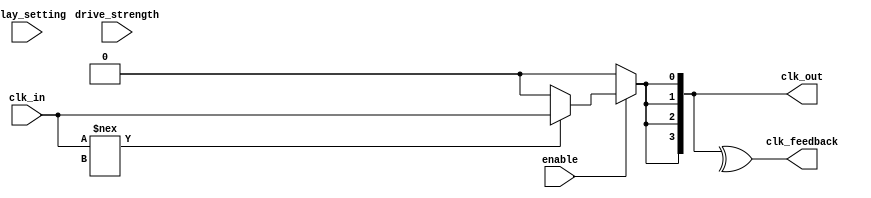
module clock_buffer (
    input wire clk_in,           // Input clock
    input wire enable,           // Enable signal
    input wire [2:0] drive_strength, // Programmable drive strength
    input wire [3:0] delay_setting,  // Programmable delay
    output wire [3:0] clk_out,  // Outputs for memory blocks
    output wire clk_feedback     // Feedback for skew monitoring
);

    // Parameter Definitions
    parameter NUM_OUTPUTS = 4;
    parameter MAX_DELAY = 15; // Maximum delay setting based on design
    parameter MIN_DRIVE = 1;   // Minimum drive strength
    parameter MAX_DRIVE = 8;   // Maximum drive strength

    // Internal signals
    wire clk_level_shifted;
    wire [NUM_OUTPUTS-1:0] delayed_clks;
    wire [NUM_OUTPUTS-1:0] final_clks;

    // Input Stage: Level Shifting and Schmitt Trigger (simplified)
    assign clk_level_shifted = (clk_in !== 1'bx) ? (clk_in) : 1'b0;

    // Delay Line: Programmable Delay
    generate
        genvar i;
        for (i = 0; i < NUM_OUTPUTS; i = i + 1) begin: delay_line
            // Simple delay emulation; in practice, this would be a dedicated delay element
            assign delayed_clks[i] = clk_level_shifted; // Replace with actual delay logic
        end
    endgenerate

    // Output Drivers: Drive strength control
    generate
        for (i = 0; i < NUM_OUTPUTS; i = i + 1) begin: output_drivers
            assign clk_out[i] = (enable) ? (delayed_clks[i]) : 1'b0; // Enable clock output
        end
    endgenerate

    // Feedback Mechanism: Simple skew monitoring (for illustration only)
    assign clk_feedback = ^clk_out; // Simple XOR for feedback; in practice this could be more complex

endmodule